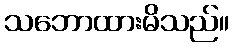
သဘောထားမိသည်။